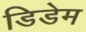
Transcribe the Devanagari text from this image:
डिडेम